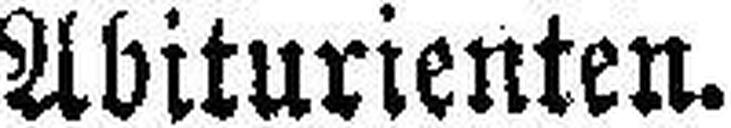
Abiturienten.